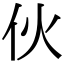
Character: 伙